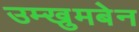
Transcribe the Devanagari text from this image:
उम्खुमबेन